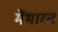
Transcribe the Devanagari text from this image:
मेंभारत